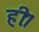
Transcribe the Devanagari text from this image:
ह्रीः।